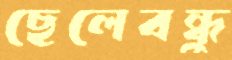
ছেলেবন্ধু